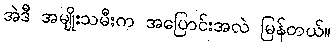
အဲဒီ အမျိုးသမီးက အပြောင်းအလဲ မြန်တယ်။